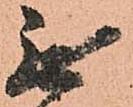
無